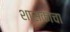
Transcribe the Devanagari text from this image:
शासकाचा